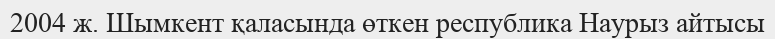
2004 ж. Шымкент қаласында өткен республика Наурыз айтысы